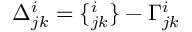
\Delta _ { j k } ^ { i } = \{ _ { j k } ^ { i } \} - \Gamma _ { j k } ^ { i }